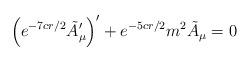
LaTeX: \begin{align*}\left(e^{-7cr/2}\tilde A_\mu'\right)'+e^{-5cr/2}m^2 \tilde A_\mu=0\end{align*}